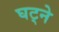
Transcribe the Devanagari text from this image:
घट्ने